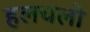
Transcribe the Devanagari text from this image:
हलचलो